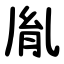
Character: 胤